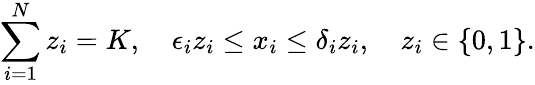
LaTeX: \sum_{i=1}^{N}z_{i}=K,\quad\epsilon_{i}z_{i}\le x_{i}\le\delta_{i}z_{i},\quad z_{i}\in\{ 0,1\} .